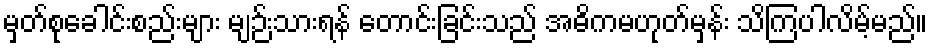
မှတ်စုခေါင်းစည်းများ မျဉ်းသားရန် တောင်းခြင်းသည် အဓိကမဟုတ်မှန်း သိကြပါလိမ့်မည်။